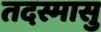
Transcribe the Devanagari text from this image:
तदस्मासु